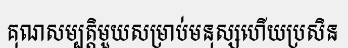
គុណសម្បត្តិមួយសម្រាប់មនុស្សហើយប្រសិន